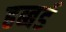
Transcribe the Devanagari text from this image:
हब्बर्ड